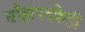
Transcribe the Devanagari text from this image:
ब्राँझपदकेही